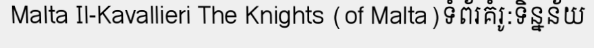
Malta Il-Kavallieri The Knights (of Malta)ទំព័រគំរូ:ទិន្នន័យ